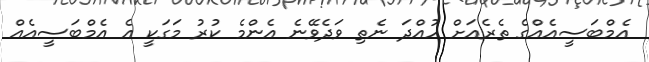
އެމްބަސީއެއްގެ ތެރެއަށް ހުއްދަ ނެތި ވަދެވޭނެ އެންމެ ކުރު މަގަކީ އެ އެމްބަސީއެއް